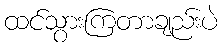
ထင်သွားကြတာချည်းပဲ